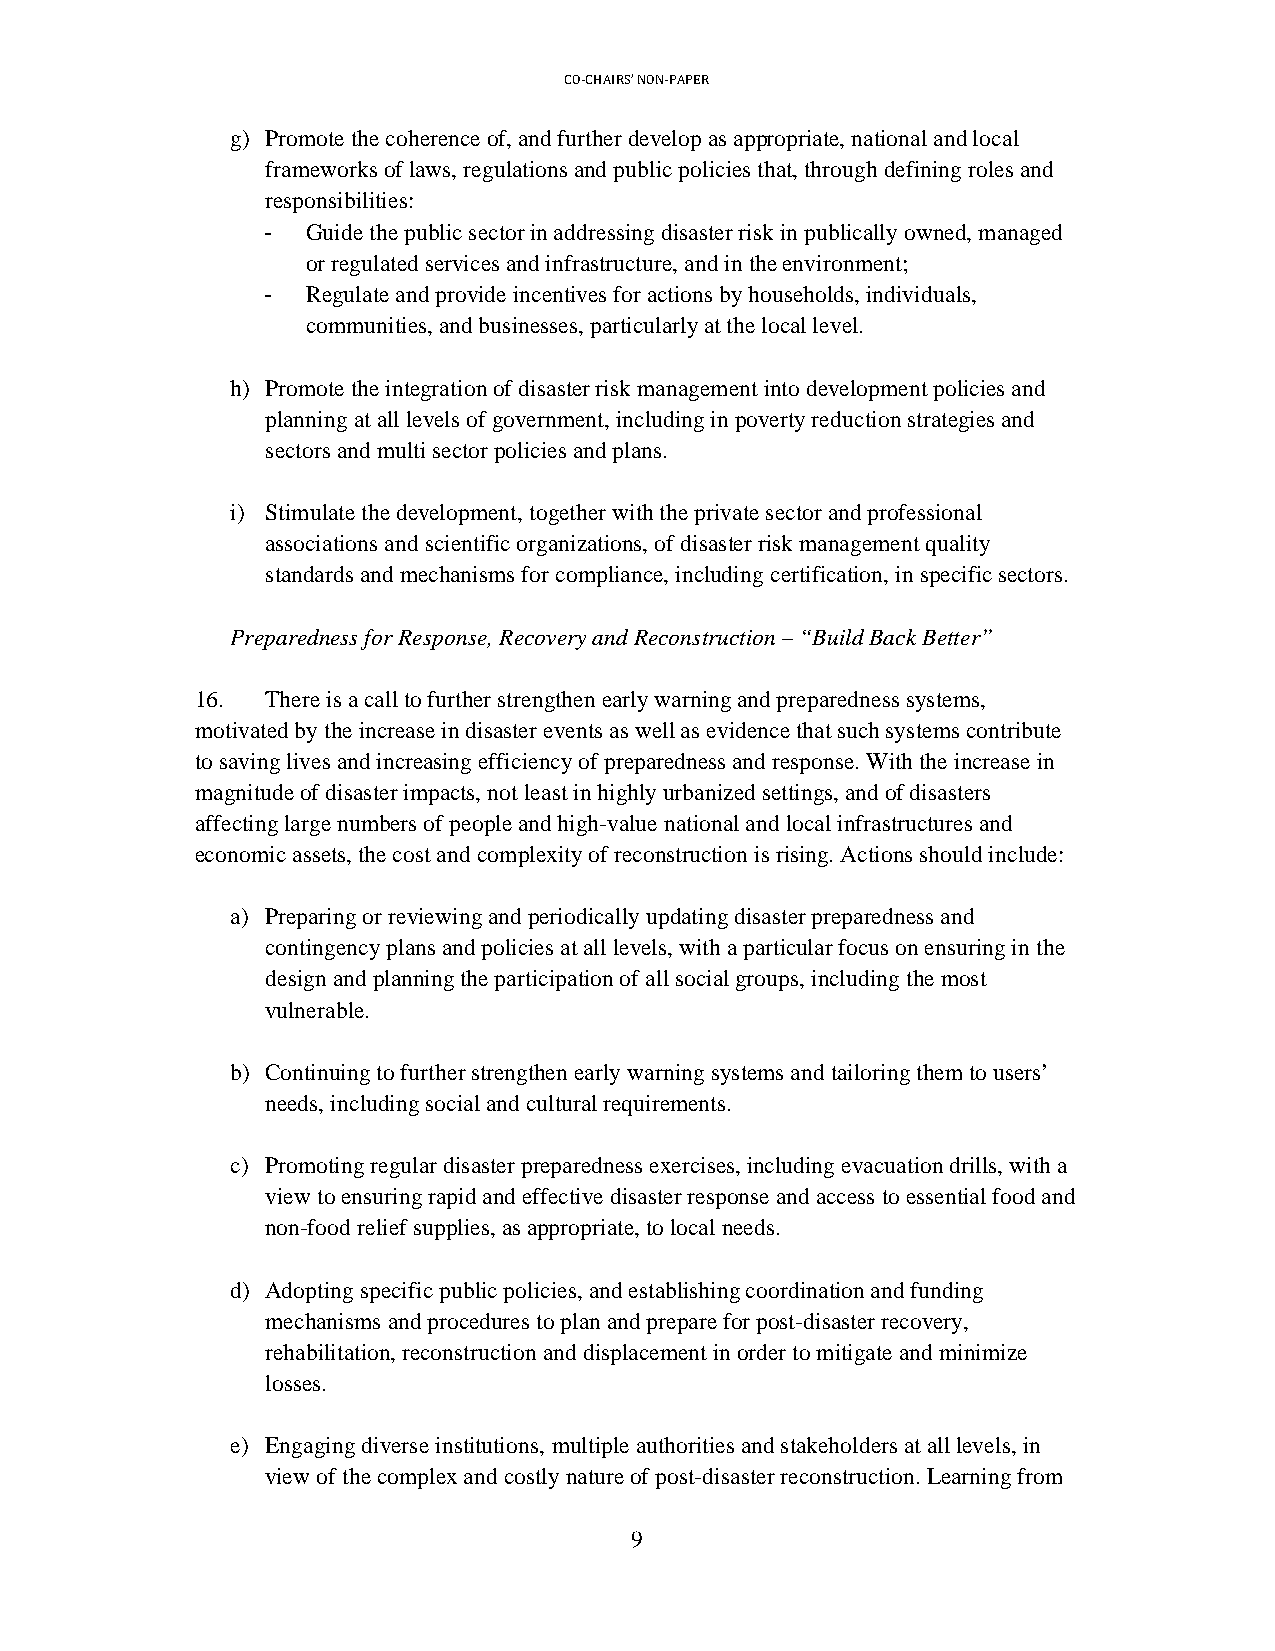
CO-CHAIRS’ NON-PAPER
 g) Promote the coherence of, and further develop as appropriate, national and local
 frameworks of laws, regulations and public policies that, through defining roles and
 responsibilities:
 -  Guide the public sector in addressing disaster risk in publically owned, managed
 or regulated services and infrastructure, and in the environment;
 -  Regulate and provide incentives for actions by households, individuals,
 communities, and businesses, particularly at the local level.
 h) Promote the integration of disaster risk management into development policies and
 planning at all levels of government, including in poverty reduction strategies and
 sectors and multi sector policies and plans.
 i) Stimulate the development, together with the private sector and professional
 associations and scientific organizations, of disaster risk management quality
 standards and mechanisms for compliance, including certification, in specific sectors.
 Preparedness for Response, Recovery and Reconstruction – “Build Back Better”
 16.  There is a call to further strengthen early warning and preparedness systems,
 motivated by the increase in disaster events as well as evidence that such systems contribute
 to saving lives and increasing efficiency of preparedness and response. With the increase in
 magnitude of disaster impacts, not least in highly urbanized settings, and of disasters
 affecting large numbers of people and high-value national and local infrastructures and
 economic assets, the cost and complexity of reconstruction is rising. Actions should include:
 a) Preparing or reviewing and periodically updating disaster preparedness and
 contingency plans and policies at all levels, with a particular focus on ensuring in the
 design and planning the participation of all social groups, including the most
 vulnerable.
 b) Continuing to further strengthen early warning systems and tailoring them to users’
 needs, including social and cultural requirements.
 c) Promoting regular disaster preparedness exercises, including evacuation drills, with a
 view to ensuring rapid and effective disaster response and access to essential food and
 non-food relief supplies, as appropriate, to local needs.
 d) Adopting specific public policies, and establishing coordination and funding
 mechanisms and procedures to plan and prepare for post-disaster recovery,
 rehabilitation, reconstruction and displacement in order to mitigate and minimize
 losses.
 e) Engaging diverse institutions, multiple authorities and stakeholders at all levels, in
 view of the complex and costly nature of post-disaster reconstruction. Learning from
 9